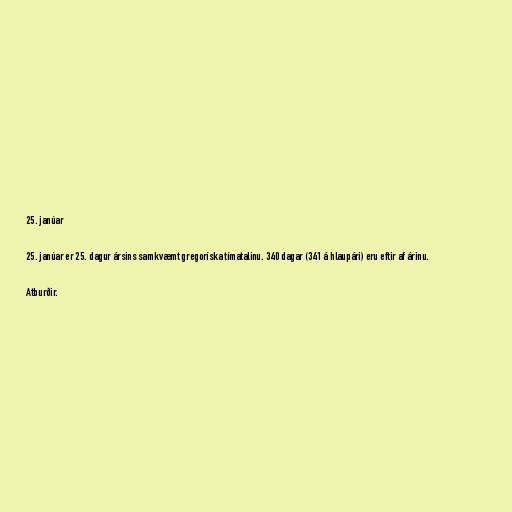
25. janúar

25. janúar er 25. dagur ársins samkvæmt gregoríska tímatalinu. 340 dagar (341 á hlaupári) eru eftir af árinu.

Atburðir.